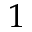
1